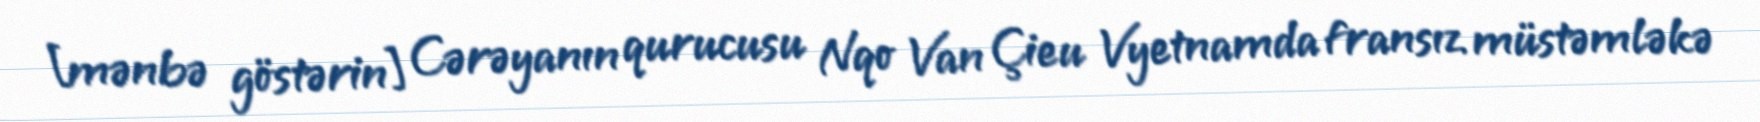
[mənbə göstərin] Cərəyanın qurucusu Nqo Van Çieu Vyetnamda fransız müstəmləkə